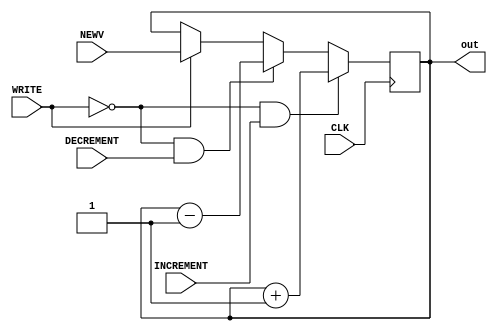
//Represents a pointer that can be incremented, decremented,
//or written to. This will be used for both the program counter
//and stack register.
module pointer(
	CLK,
	INCREMENT,
	DECREMENT,
	NEWV,
	WRITE,
	out
	);

input CLK;
input INCREMENT;
input DECREMENT;
input [31:0] NEWV;
input WRITE;
output [31:0] out;

reg [31:0] val;
assign out=val;

//By triggering on the negative edge, I'm effectively staggering RAM access and reads. 
//This may potentially possibly maybe allow me to push higher clockspeeds.
always@(negedge CLK) begin
	if(~WRITE&&INCREMENT) begin
		val<=val+1;
	end
	else if(~WRITE&&DECREMENT) begin
	  val<=val-1;
	end
	else if(WRITE) begin
		val<=NEWV;
	end
end

initial begin
	val=0;
end
endmodule